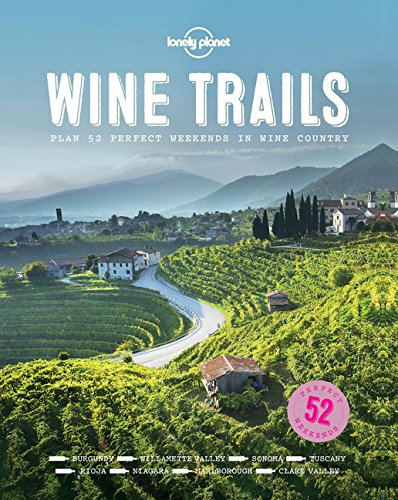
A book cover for Wine Trails: 52 Perfect Weekends in Wine Country; Lonely Planet; Cookbooks, Food & Wine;